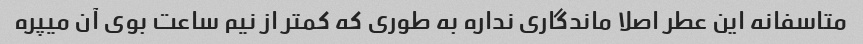
متاسفانه این عطر اصلا ماندگاری نداره به طوری که کمتر از نیم ساعت بوی آن میپره